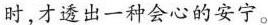
时,才透出一种会心的安宁。